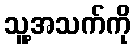
သူ့အသက်ကို